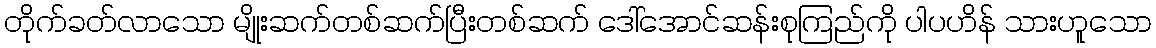
တိုက်ခတ်လာသော မျိုးဆက်တစ်ဆက်ပြီးတစ်ဆက် ဒေါ်အောင်ဆန်းစုကြည်ကို ပါပဟိန် သားဟူသော